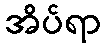
အိပ်ရာ